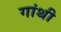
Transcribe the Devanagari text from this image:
गांथी